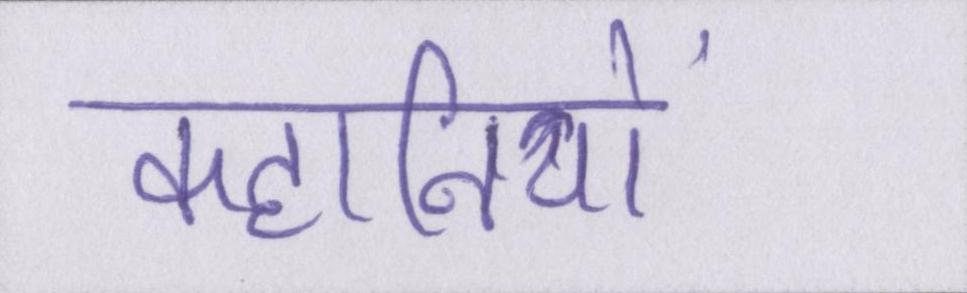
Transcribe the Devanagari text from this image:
कहानियों